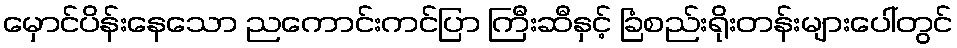
မှောင်ပိန်းနေသော ညကောင်းကင်ပြာ ကြီးဆီနှင့် ခြံစည်းရိုးတန်းများပေါ်တွင်